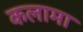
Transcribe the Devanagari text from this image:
कलामा